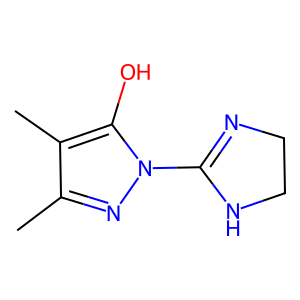
SMILES: Cc1nn(C2=NCCN2)c(O)c1C
Inhibits HIV replication: No